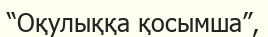
“Оқулыққа қосымша”,